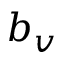
b _ { v }